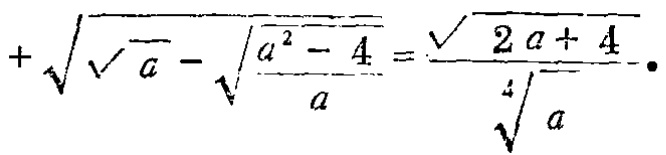
\(+\sqrt{\sqrt{a}-\sqrt{\frac{a^{2}-4}{a}}}=\frac{\sqrt{2a + 4}}{\sqrt[4]{a}}\)